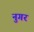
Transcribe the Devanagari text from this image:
नुगर